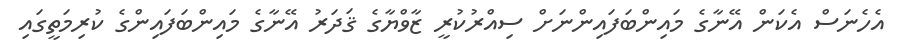
އެހެނަސް އެކަން އޭނާގެ މައިންބަފައިންނަށް ސިއްރުކުރީ ޒާވްޔާގެ ޤަދަރު އޭނާގެ މައިންބަފައިންގެ ކުރިމަތީގައި